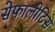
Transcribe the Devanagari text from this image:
सेफालोटिस